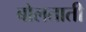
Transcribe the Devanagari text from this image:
बोलताती